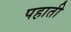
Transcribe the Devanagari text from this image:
पहाती